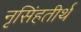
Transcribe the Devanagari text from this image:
नृसिंहतीर्थ